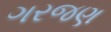
ગરજણ